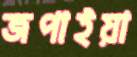
জপাইয়া